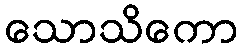
သောသိကော